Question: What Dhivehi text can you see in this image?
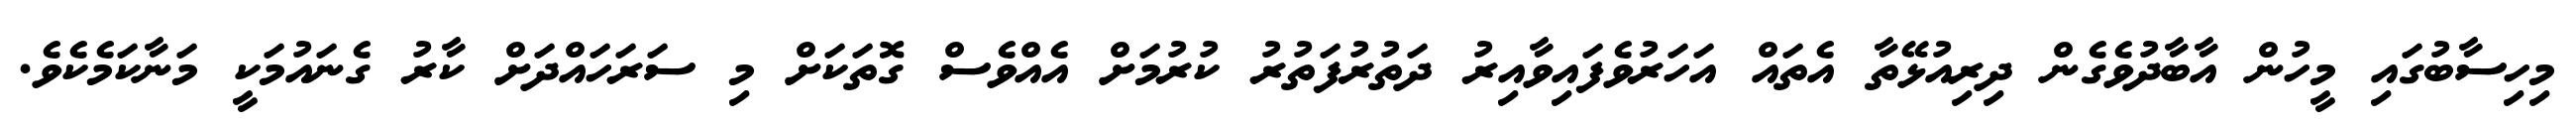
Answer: މިހިސާބުގައި މީހުން އާބާދުވެގެން ދިރިއުޅޭތާ އެތައް އަހަރުވެފައިވާއިރު ދަތުރުފަތުރު ކުރުމަށް އެއްވެސް ގޮތަކަށް މި ސަރަހައްދަށް ކާރު ގެނައުމަކީ މަނާކަމެކެވެ.